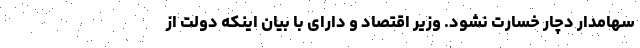
سهامدار دچار خسارت نشود. وزیر اقتصاد و دارای با بیان اینکه دولت از